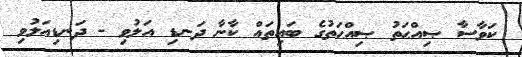
ކަވާސާ ޞިއްޙަތު ޞިއްޙަތުގެ ބައިތައް ކާނާ ދަނޑި އަލުވި - ދަނޑިއަލުވި